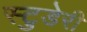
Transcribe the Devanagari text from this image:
स्टुडेरी